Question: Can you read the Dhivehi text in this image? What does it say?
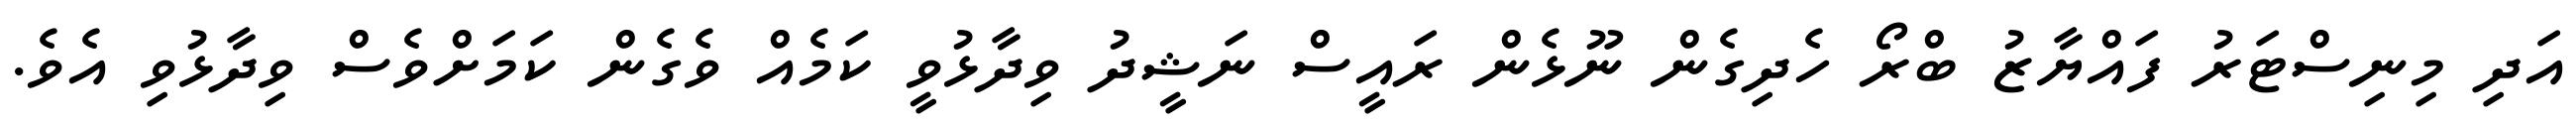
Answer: އަދި މިނިސްޓަރު ފައްޔާޒު ބްރޯ ހެދިގެން ނޫޅެން ރައީސް ނަޝީދު ވިދާޅުވީ ކަމެއް ވެގެން ކަމަށްވެސް ވިދާޅުވި އެވެ.